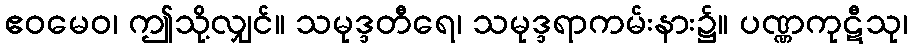
ဧဝမေဝ၊ ဤသို့လျှင်။ သမုဒ္ဒတီရေ၊ သမုဒ္ဒရာကမ်းနား၌။ ပဏ္ဏကုဋီသု၊